Annual report of the Bengal Veterinary College and of the Civil Veterinary Department, Bengal, for the year 1910-1911 - 1910-1911
Year: 1910
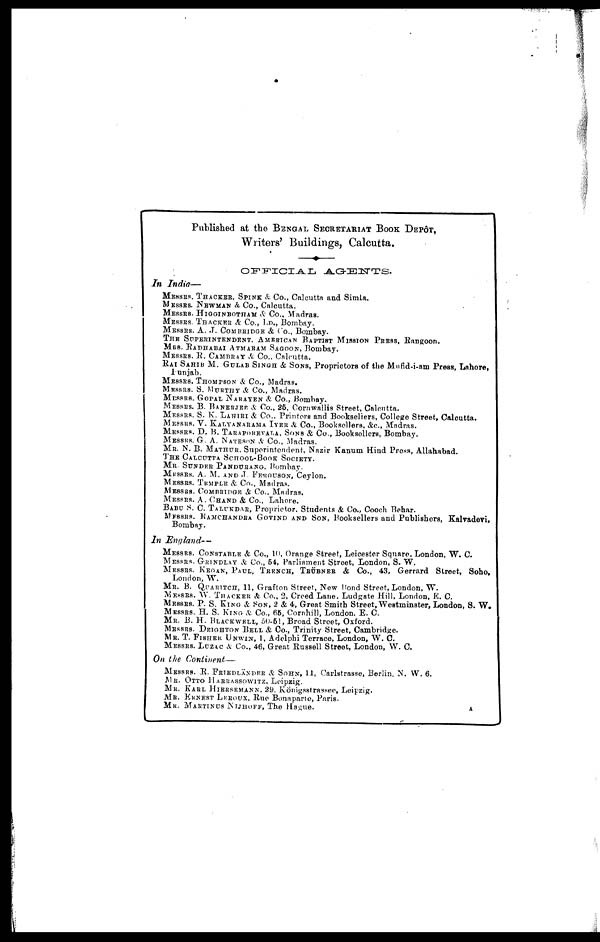
Published at the BENGAL SECRETARIAT BOOK DEPÔT,
Writers' Buildings, Calcutta.
OFFICIAL
AGENTS.
In India—
MESSRS. THACKER, SPINK & Co., Calcutta and Simla.
MESSRS. NEWMAN
& Co., Calcutta.
MESSRS. HIGGINBOTHAM
& Co., Madras.
MESSRS. THACKER & Co., Ln., Bombay.
MESSRS. A. ,T. COMBRIDGE & Co., Bombay.
THE SUPERINTENDENT. AMERICAN BAPTIST MISSION PRESS, Rangoon.
MRS. RADHABAI ATMARAM SAGOON, Bombay.
MESSRS. R. CAMBRAY & Co., Calcutta.
RAI SAHIB M. GULAB SINGH & SONS, Proprietors of the Mufid-i-am Press, Lahore,
Punjab.
MESSRS. THOMPSON
& Co., Madras.
MESSRS. S. MURTHY & Co., Madras.
MESSRS. GOPAL NARAYAN & Co., Bombay.
MESSRS. B. BANERJEE A Co., 26, Cornwallis Street, Calcutta.
MESSRS. S. K. LAHIRI & Co., Printers and Booksellers, College Street, Calcutta.
MESSRS. V. KALYANARAMA IYER & Co., Booksellers, &c., Madras.
MESSRS. D. B. TARAPOREVALA, SONS & Co., Booksellers, Bombay.
MESSRS. G. A. NATESON & Co., Madras.
MR. N. B. MATHUR, Superintendent, Nazir Kanum Hind Press, Allahabad.
THE CALCUTTA SCHOOL-BOOK SOCIETY.
MR. SUNDER
PANDURANGE, Bombay.
MESSRS. A. M. AND J. FERGUSON, Ceylon.
MESSRS. TEMPLE
& Co., Madras.
MESSRS. COMBRIDGE
& Co., Madras.
MESSRS. A. CHAND & Co., Lahore.
BABU S. C. TALUKDAR, Proprietor. Students & Co., Cooch Behar.
MESSRS. RAMCHANDRA GOVIND AND SON, Booksellers and Publishers, Kalvadevi,
Bombay.
In England —
MESSRS. CONSTABLE
& Co., 10, Orange Street, Leicester Square. London, W. C.
MESSRS. GRINDLAD
& Co., 54, Parliament Street, London, S. W.
MESSRS. KEGAN, PAUL, TRENCH, TRÜBNER & Co., 43, Gerrard Street, Soho,
London, W.
MR. B. QUARITCH, 11, Grafton Street, New Bond Street, London, W.
MESSRS. W. THACKER & Co., 2, Creed Lane, Ludgate Hill, London, E. C.
MESSRS. P. S. KING & SON, 2 & 4, Great Smith Street, Westminster, London, S. W.
MESSRS. H. S. KING & Co., 66, Cornhill, London, E. C.
MR. B. H. BLACKWELL, 50-51, Broad Street, Oxford.
MESSRS. DEIGHTON
BELL
& Co., Trinity Street, Cambridge.
MR. T. FISHER UNWIN, 1, Adelphi Terrace, London, W. C.
MESSRS. LUZAC
& Co., 46, Great Russell Street, London, W. C.
On the
Continent—
MESSRS. R. FRIEDLÄNDER & SOHN, 11, Carlstrasse, Berlin, N. W. 6.
MR. OTTO HAERASSOWITZ, Leipzig.
MR. KARL HIERSEMANN, 29. Königsstrassee, Leipzig.
MR. ERNEST LEROUX, Rue Bonaparte, Paris.
MR. MARTINUS
NIJHOFF, The Hague.
A